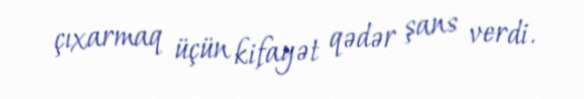
çıxarmaq üçün kifayət qədər şans verdi.